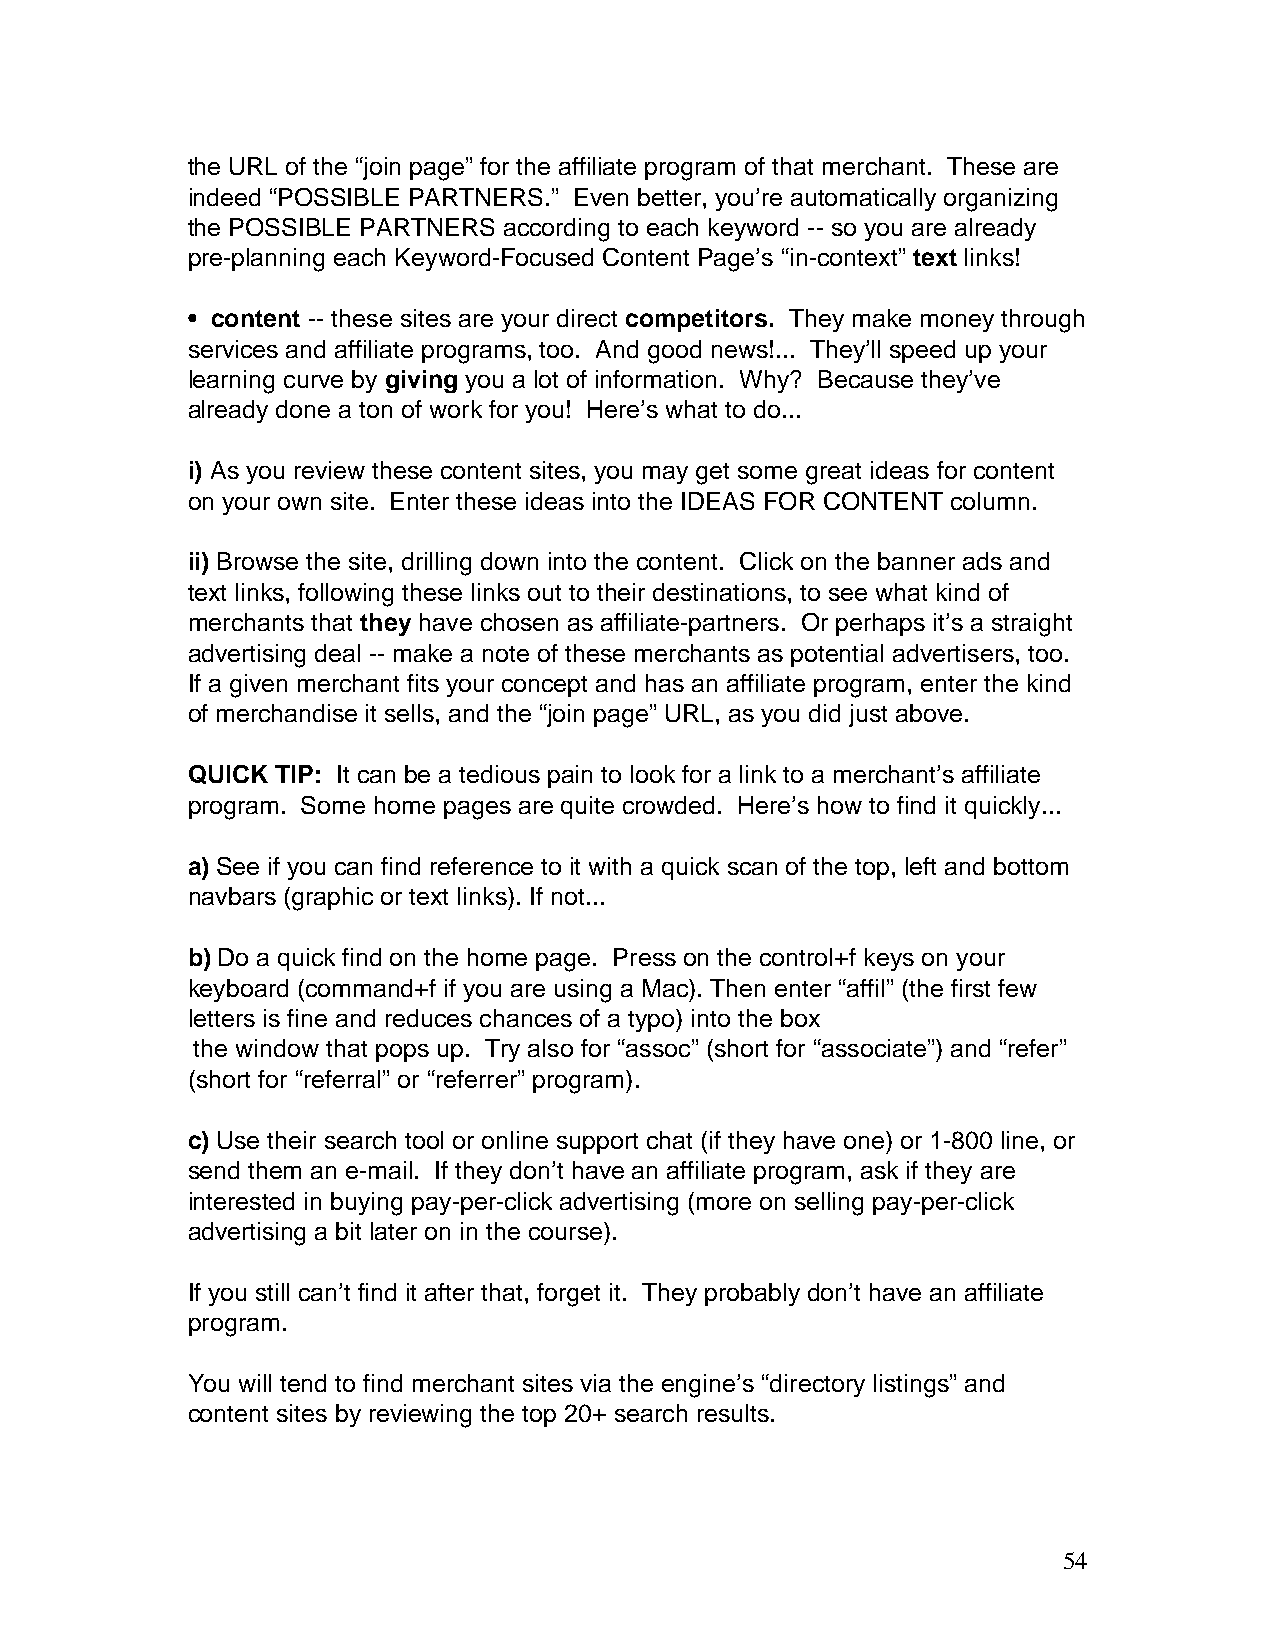
the URL of the “join page” for the affiliate program of that merchant. These are
 indeed “POSSIBLE PARTNERS.” Even better, you’re automatically organizing
 the POSSIBLE PARTNERS according to each keyword -- so you are already
 pre-planning each Keyword-Focused Content Page’s “in-context” text links!
 • content -- these sites are your direct competitors. They make money through
 services and affiliate programs, too. And good news!... They’ll speed up your
 learning curve by giving you a lot of information. Why? Because they’ve
 already done a ton of work for you! Here’s what to do...
 i) As you review these content sites, you may get some great ideas for content
 on your own site. Enter these ideas into the IDEAS FOR CONTENT column.
 ii) Browse the site, drilling down into the content. Click on the banner ads and
 text links, following these links out to their destinations, to see what kind of
 merchants that they have chosen as affiliate-partners. Or perhaps it’s a straight
 advertising deal -- make a note of these merchants as potential advertisers, too.
 If a given merchant fits your concept and has an affiliate program, enter the kind
 of merchandise it sells, and the “join page” URL, as you did just above.
 QUICK TIP: It can be a tedious pain to look for a link to a merchant’s affiliate
 program. Some home pages are quite crowded. Here’s how to find it quickly...
 a) See if you can find reference to it with a quick scan of the top, left and bottom
 navbars (graphic or text links). If not...
 b) Do a quick find on the home page. Press on the control+f keys on your
 keyboard (command+f if you are using a Mac). Then enter “affil” (the first few
 letters is fine and reduces chances of a typo) into the box
 the window that pops up. Try also for “assoc” (short for “associate”) and “refer”
 (short for “referral” or “referrer” program).
 c) Use their search tool or online support chat (if they have one) or 1-800 line, or
 send them an e-mail. If they don’t have an affiliate program, ask if they are
 interested in buying pay-per-click advertising (more on selling pay-per-click
 advertising a bit later on in the course).
 If you still can’t find it after that, forget it. They probably don’t have an affiliate
 program.
 You will tend to find merchant sites via the engine’s “directory listings” and
 content sites by reviewing the top 20+ search results.
 54